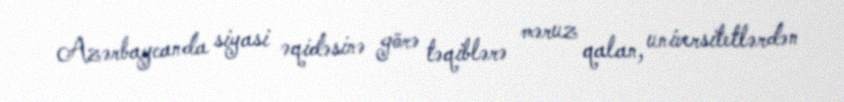
Azərbaycanda siyasi əqidəsinə görə təqiblərə məruz qalan, universitetlərdən